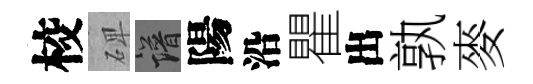
校𥓓譜陽沿瞿出孰麥